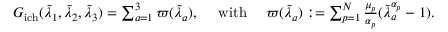
\begin{array} { r } { G _ { \mathrm { i c h } } ( \tilde { \lambda } _ { 1 } , \tilde { \lambda } _ { 2 } , \tilde { \lambda } _ { 3 } ) = \sum _ { a = 1 } ^ { 3 } \varpi ( \tilde { \lambda } _ { a } ) , \quad \mathrm { ~ w i t h ~ } \quad \varpi ( \tilde { \lambda } _ { a } ) : = \sum _ { p = 1 } ^ { N } \frac { \mu _ { p } } { \alpha _ { p } } ( \tilde { \lambda } _ { a } ^ { \alpha _ { p } } - 1 ) . } \end{array}